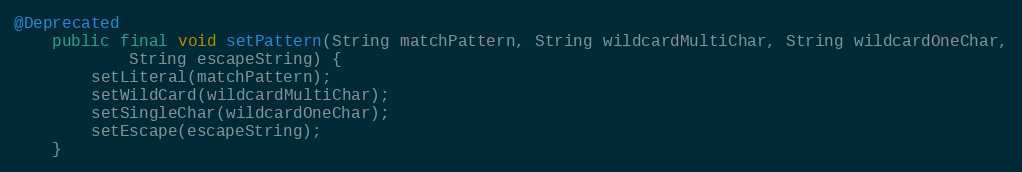
Language: Java
@Deprecated
	public final void setPattern(String matchPattern, String wildcardMultiChar, String wildcardOneChar,
			String escapeString) {
		setLiteral(matchPattern);
		setWildCard(wildcardMultiChar);
		setSingleChar(wildcardOneChar);
		setEscape(escapeString);
	}